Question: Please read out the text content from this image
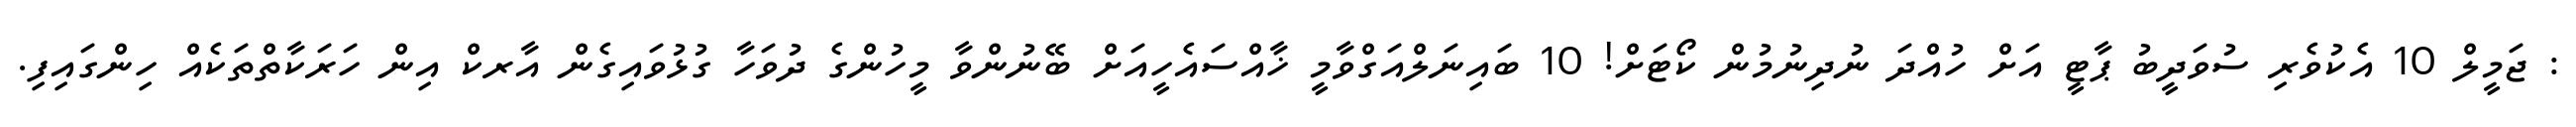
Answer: : ޖަމީލް 10 އެކުވެރި ސުވަދީބު ޕާޓީ އަށް ހުއްދަ ނުދިނުމުން ކޯޓަށް! 10 ބައިނަލްއަގްވާމީ ޚާއްސައެހީއަށް ބޭނުންވާ މީހުންގެ ދުވަހާ ގުޅުވައިގެން އާރކް އިން ހަރަކާތްތަކެއް ހިންގައިފި.